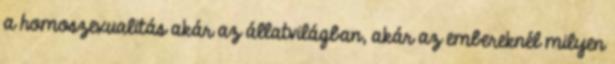
a homoszexualitás akár az állatvilágban, akár az embereknél milyen